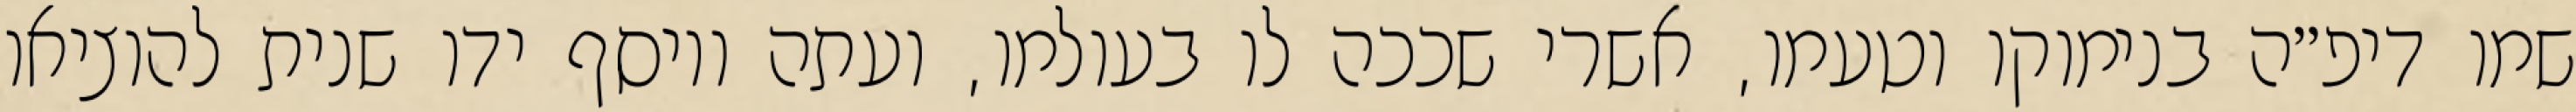
שמו דיפ״ה בנימוקו וטעמו, אשרי שככה לו בעולמו, ועתה ויוסף ידו שנית להוציאו